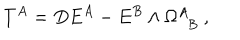
LaTeX: T ^ { A } = D E ^ { A } - E ^ { B } \wedge \Omega _ { ~ ~ B } ^ { A } ~ ,